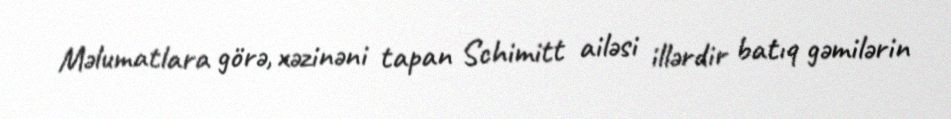
Məlumatlara görə, xəzinəni tapan Schimitt ailəsi illərdir batıq gəmilərin